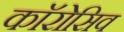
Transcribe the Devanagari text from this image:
काॅरोसिव